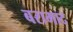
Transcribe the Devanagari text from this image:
बरामाद